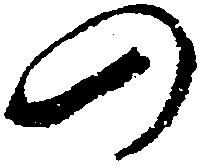
の